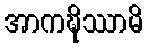
အာကဍ္ဎိဿာမိ